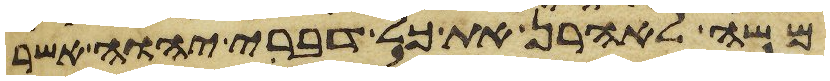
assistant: משה לאהרן את כל דברי יהוה אשר